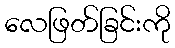
လေဖြတ်ခြင်းကို